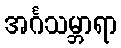
အင်္ဂသမ္ဘာရာ